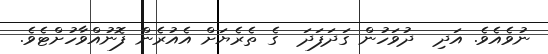
ނުވެއެވެ. އަދި  ދުވަހުން ގަދަފަދަ  ގެ ތެރެޔަށް އެއުރެން ފޮނުއްވާހުށްޓެވެ.